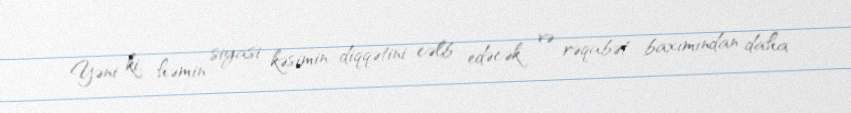
Yəni ki, həmin siyasi kəsimin diqqətini cəlb edəcək və rəqabət baxımından daha